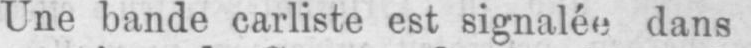
Une bande carliste est signalée dans